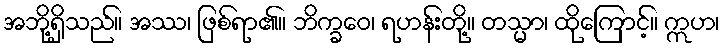
အဘို့ရှိသည်။ အဿ၊ ဖြစ်ရာ၏။ ဘိက္ခဝေ၊ ရဟန်းတို့။ တသ္မာ၊ ထိုကြောင့်။ ဣဟ၊